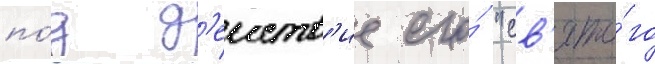
по́д д'еиств'ие его́ "св'ято́го